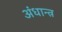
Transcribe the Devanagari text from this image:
अंधान्त्र